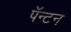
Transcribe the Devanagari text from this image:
पॅन्टन